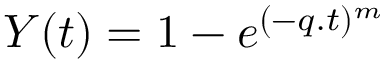
Y ( t ) = 1 - e ^ { ( - q . t ) ^ { m } }